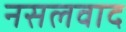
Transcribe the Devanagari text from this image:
नसलवाद